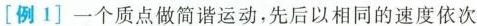
[例1] 一个质点做简谐运动，先后以相同的速度依次